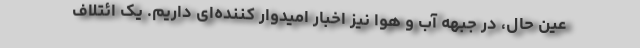
عین حال، در جبهه آب و هوا نیز اخبار امیدوار کننده‌ای داریم. یک ائتلاف